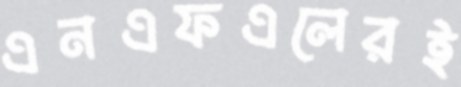
এনএফএলেরই